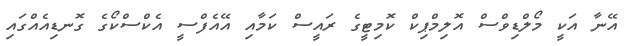
އޭނާ އަކީ މޯލްޑިވްސް އޮލިމްޕިކް ކޮމިޓީގެ ރައީސް ކަމާއި އޭއެފްސީ އެކްސްކޯގެ ގޮނޑިއެއްގައި